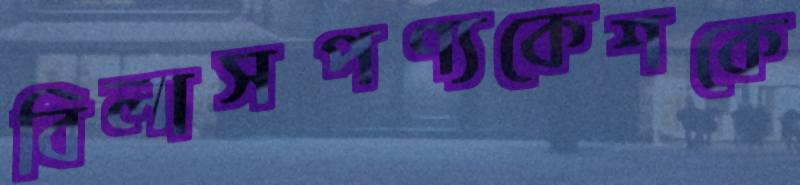
বিলাসপণ্যকেশকে